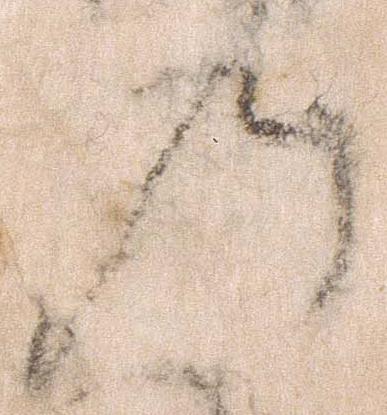
乃